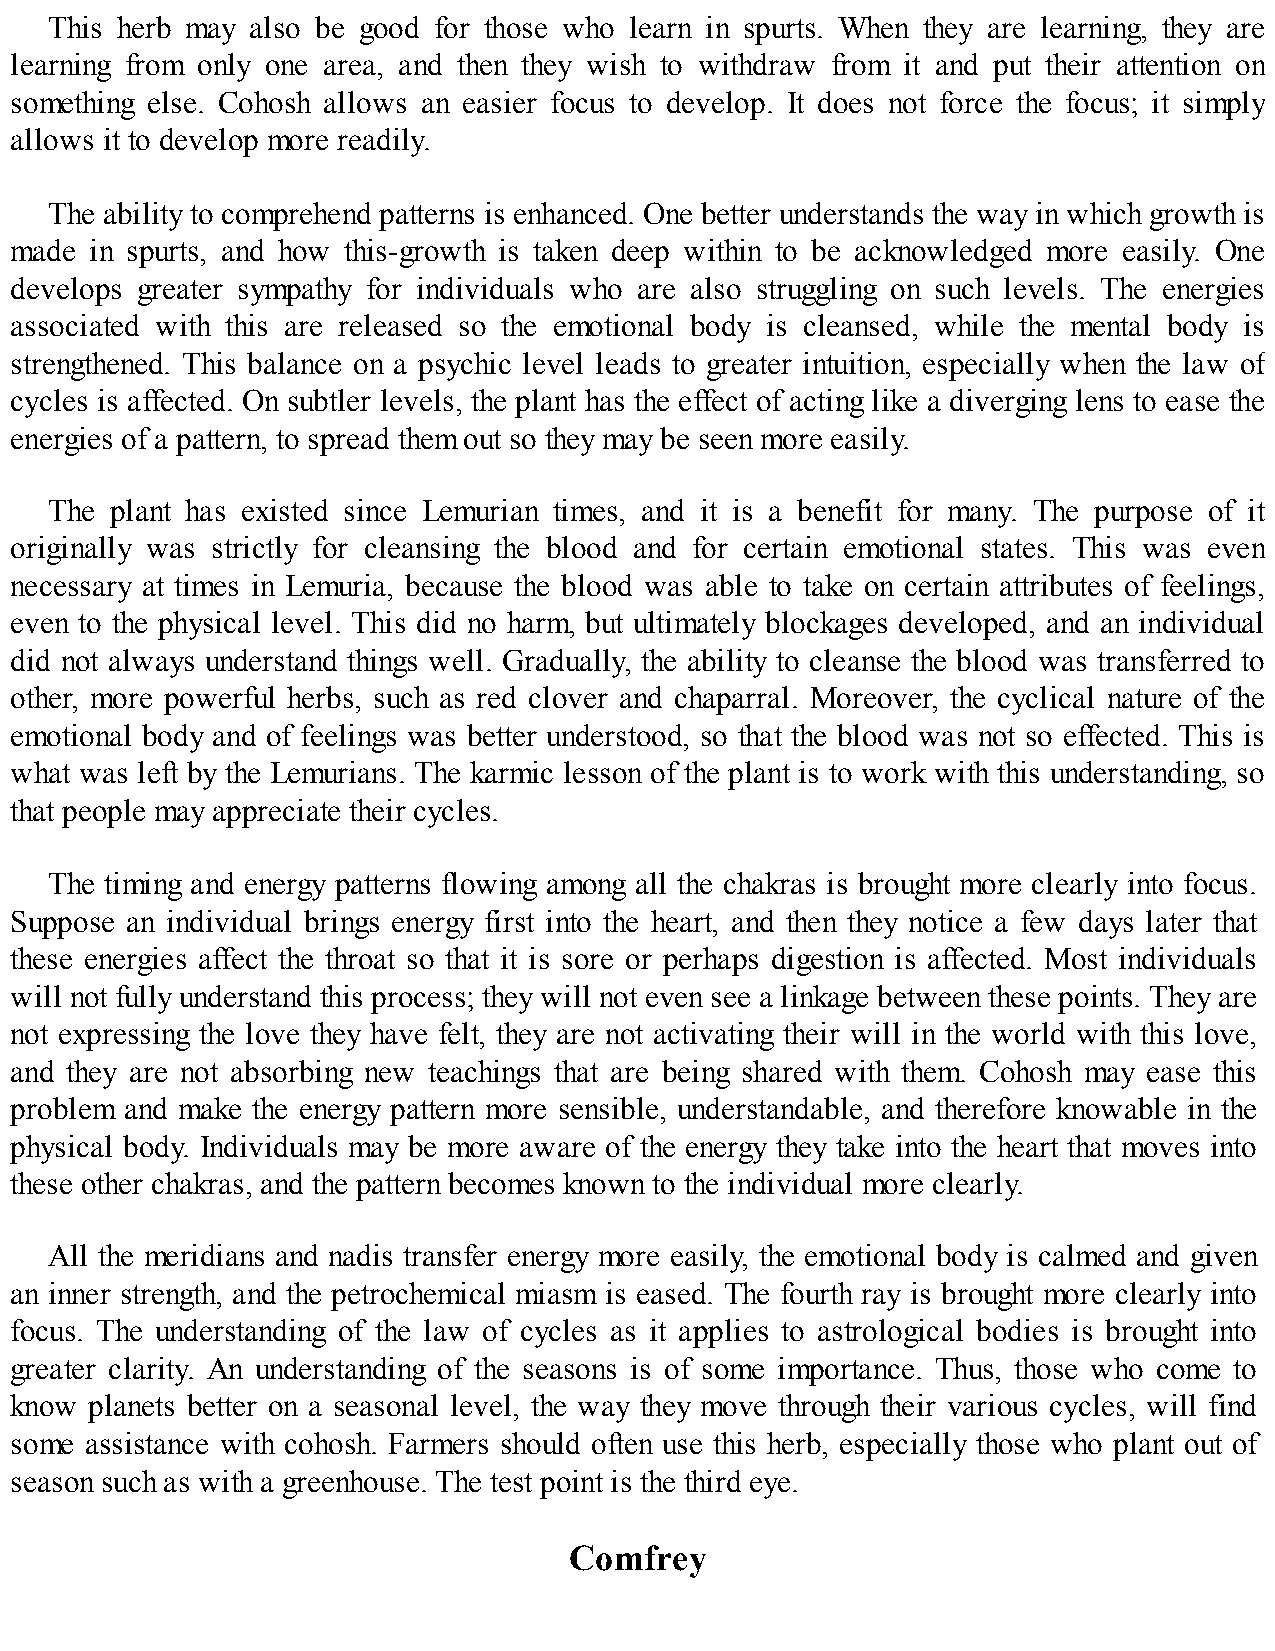
This herb may also be good for those who learn in spurts. When they are learning, they are
 learning from only one area, and then they wish to withdraw from it and put their attention on
 something else. Cohosh allows an easier focus to develop. It does not force the focus; it simply
 allows it to develop more readily.
 The ability to comprehend patterns is enhanced. One better understands the way in which growth is
 made in spurts, and how this-growth is taken deep within to be acknowledged more easily. One
 develops greater sympathy for individuals who are also struggling on such levels. The energies
 associated with this are released so the emotional body is cleansed, while the mental body is
 strengthened. This balance on a psychic level leads to greater intuition, especially when the law of
 cycles is affected. On subtler levels, the plant has the effect of acting like a diverging lens to ease the
 energies of a pattern, to spread them out so they may be seen more easily.
 The plant has existed since Lemurian times, and it is a benefit for many. The purpose of it
 originally was strictly for cleansing the blood and for certain emotional states. This was even
 necessary at times in Lemuria, because the blood was able to take on certain attributes of feelings,
 even to the physical level. This did no harm, but ultimately blockages developed, and an individual
 did not always understand things well. Gradually, the ability to cleanse the blood was transferred to
 other, more powerful herbs, such as red clover and chaparral. Moreover, the cyclical nature of the
 emotional body and of feelings was better understood, so that the blood was not so effected. This is
 what was left by the Lemurians. The karmic lesson of the plant is to work with this understanding, so
 that people may appreciate their cycles.
 The timing and energy patterns flowing among all the chakras is brought more clearly into focus.
 Suppose an individual brings energy first into the heart, and then they notice a few days later that
 these energies affect the throat so that it is sore or perhaps digestion is affected. Most individuals
 will not fully understand this process; they will not even see a linkage between these points. They are
 not expressing the love they have felt, they are not activating their will in the world with this love,
 and they are not absorbing new teachings that are being shared with them. Cohosh may ease this
 problem and make the energy pattern more sensible, understandable, and therefore knowable in the
 physical body. Individuals may be more aware of the energy they take into the heart that moves into
 these other chakras, and the pattern becomes known to the individual more clearly.
 All the meridians and nadis transfer energy more easily, the emotional body is calmed and given
 an inner strength, and the petrochemical miasm is eased. The fourth ray is brought more clearly into
 focus. The understanding of the law of cycles as it applies to astrological bodies is brought into
 greater clarity. An understanding of the seasons is of some importance. Thus, those who come to
 know planets better on a seasonal level, the way they move through their various cycles, will find
 some assistance with cohosh. Farmers should often use this herb, especially those who plant out of
 season such as with a greenhouse. The test point is the third eye.
 Comfrey